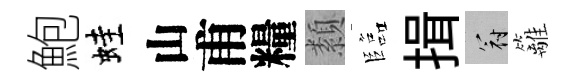
鮑蛙山甫糧纇臨揖冠籬